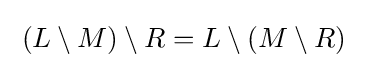
{\textstyle \;(L\setminus M)\setminus R=L\setminus (M\setminus R)\;}